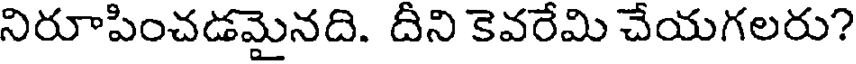
నిరూపించడమైనది. దీని కెవరేమి చేయగలరు?